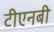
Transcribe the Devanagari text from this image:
टीएनबी